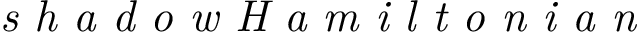
\textit { s h a d o w H a m i l t o n i a n }